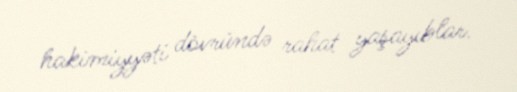
hakimiyyəti dövründə rahat yaşayıblar.